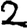
Digit: 2